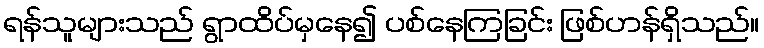
ရန်သူများသည် ရွာထိပ်မှနေ၍ ပစ်နေကြခြင်း ဖြစ်ဟန်ရှိသည်။